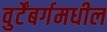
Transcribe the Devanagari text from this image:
वुर्टेंबर्गमधील